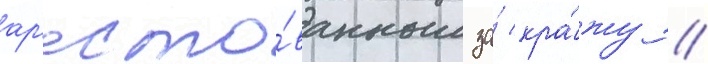
ар'есто́ванным за́ кра́жу //